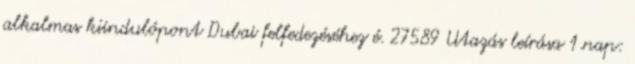
alkalmas kiindulópont Dubai felfedezéséhez é. 27589 Utazás leírása 1.nap: